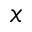
x